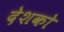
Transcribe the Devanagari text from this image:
देशको